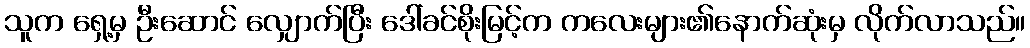
သူက ရှေ့မှ ဦးဆောင် လျှောက်ပြီး ဒေါ်ခင်စိုးမြင့်က ကလေးများ၏နောက်ဆုံးမှ လိုက်လာသည်။